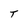
Character: T